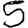
Digit: 5